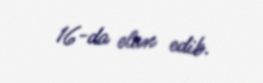
16-da elan edib.